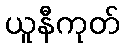
ယူနီကုတ်